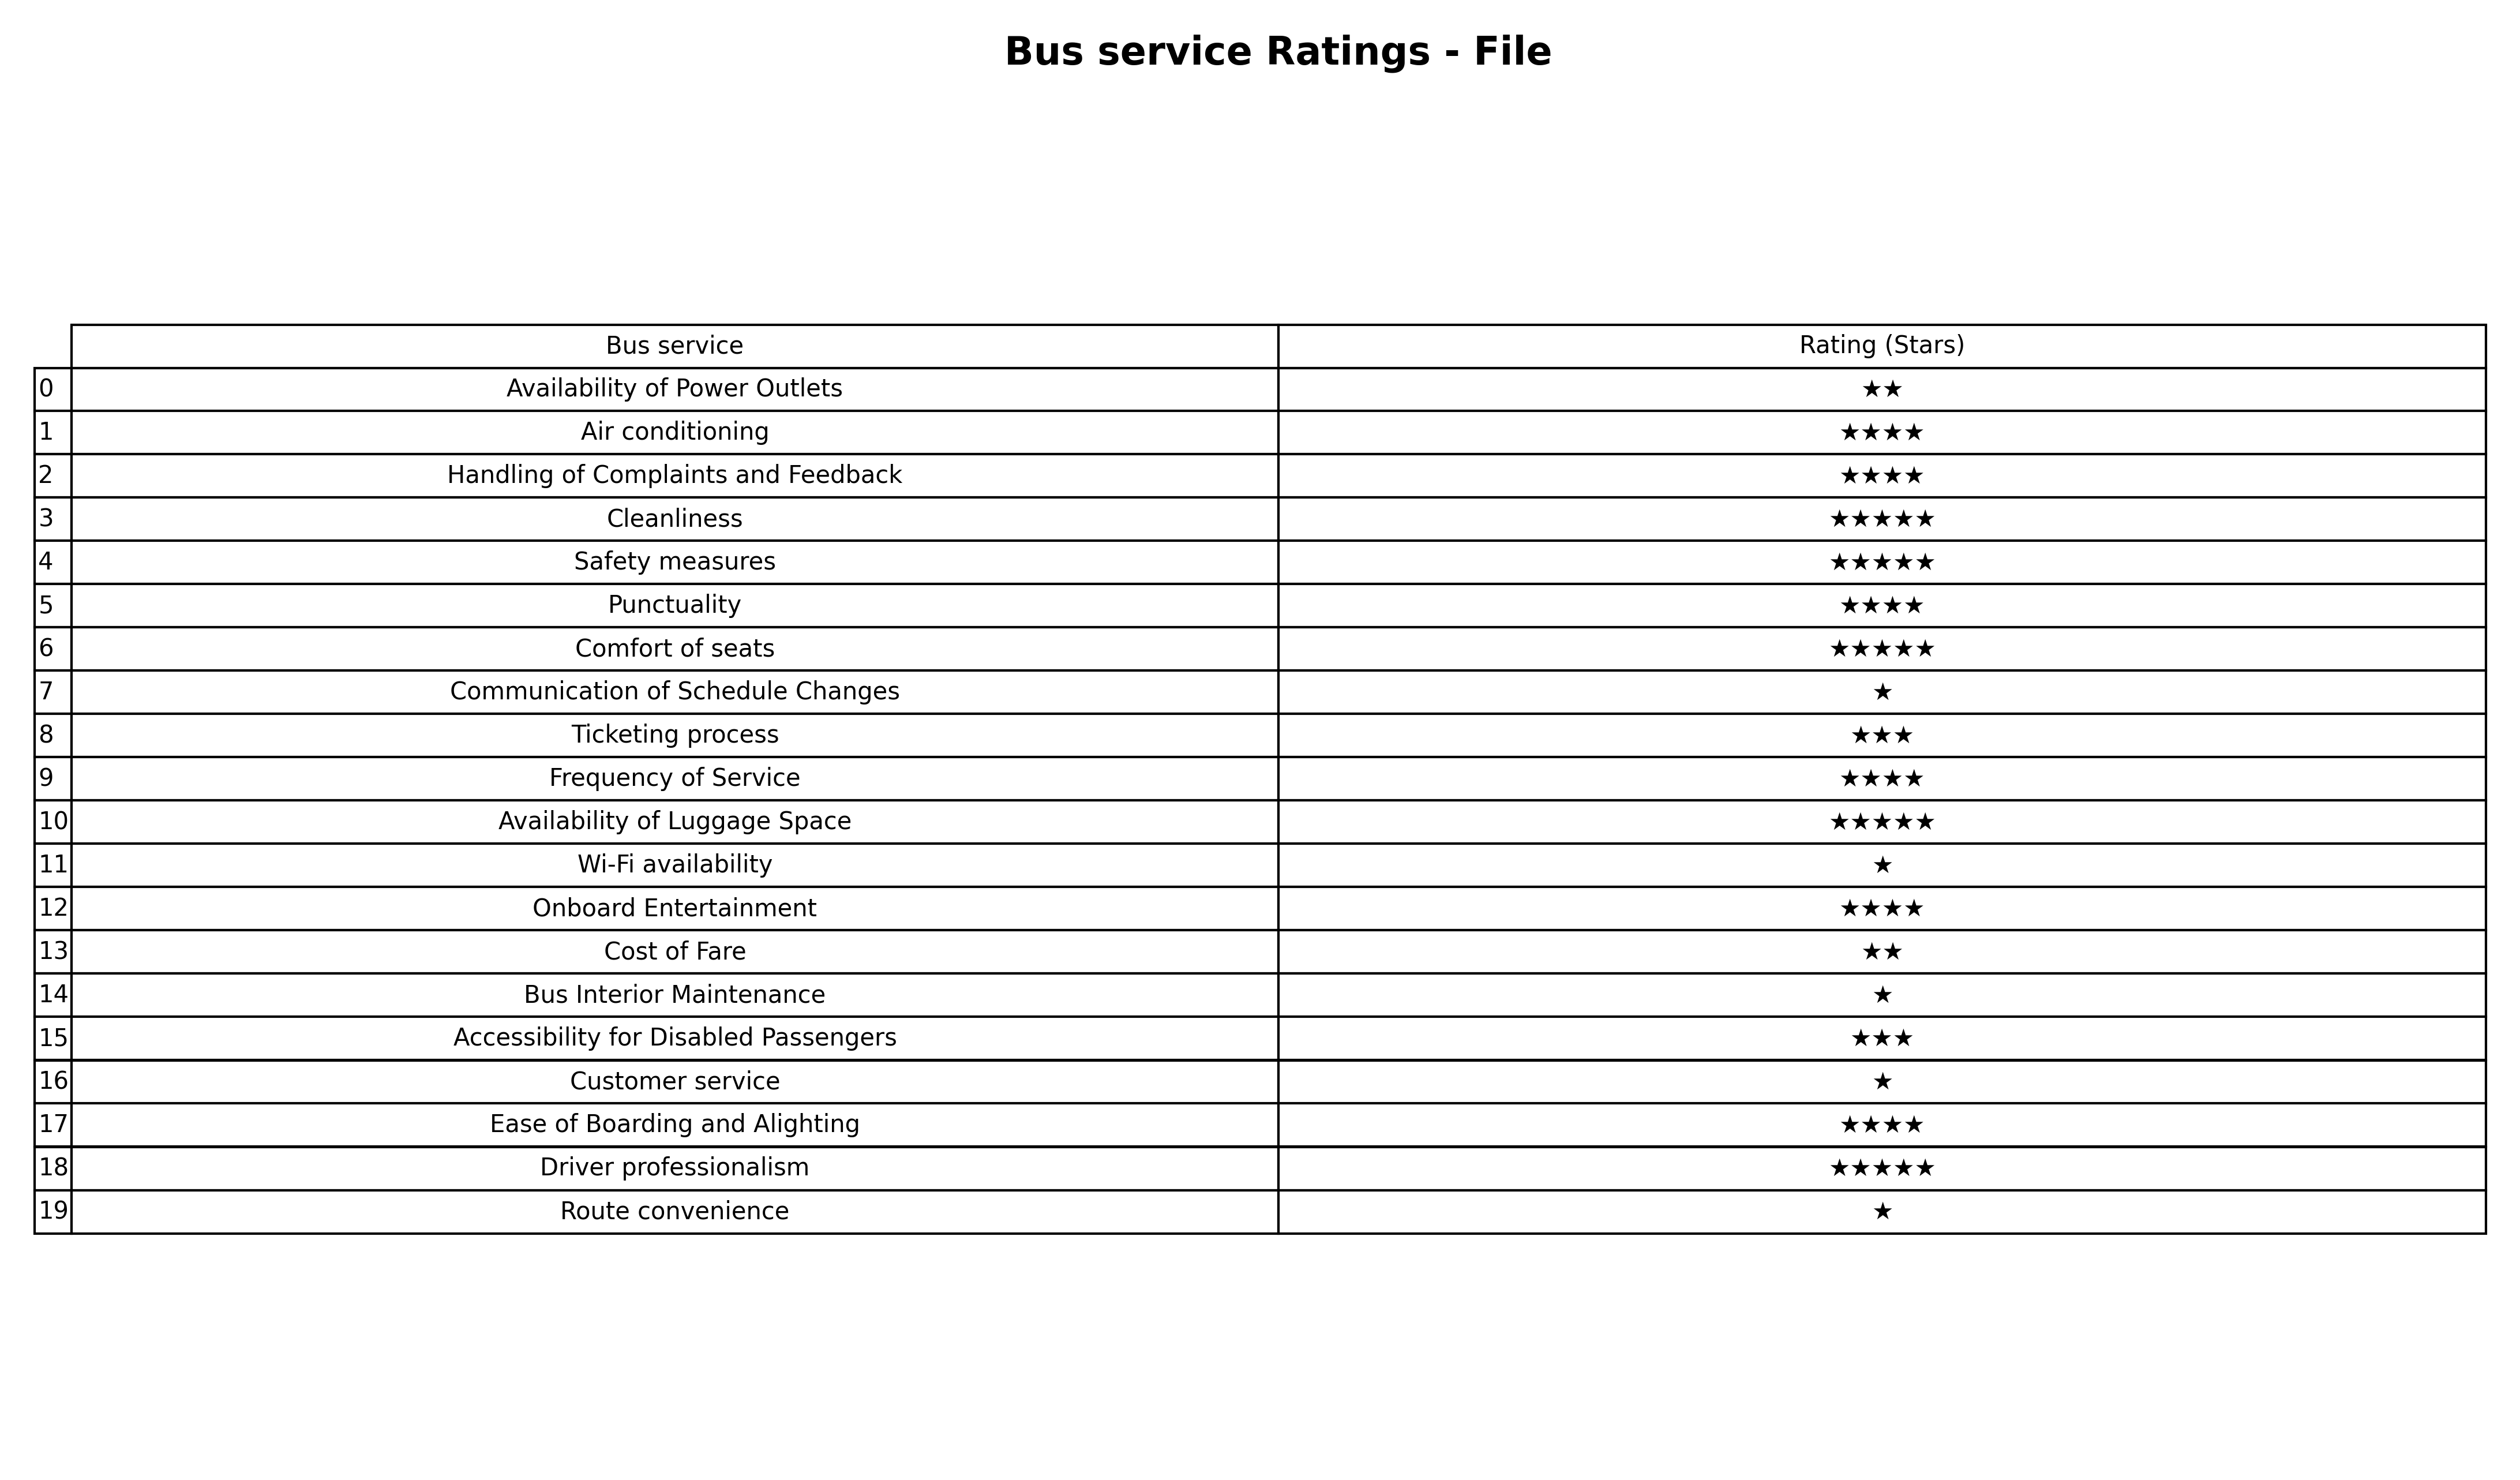
question: What is the rating of Route convenience?
answer: ★